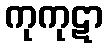
ကုကုဋာ